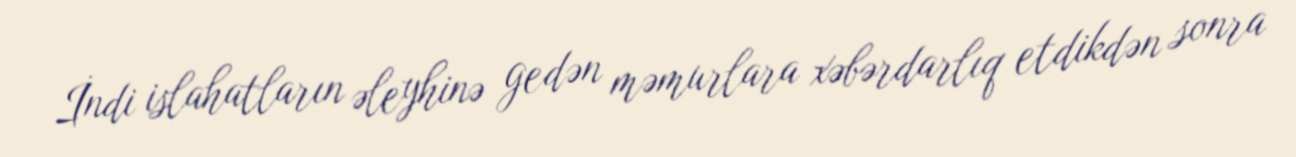
İndi islahatların əleyhinə gedən məmurlara xəbərdarlıq etdikdən sonra